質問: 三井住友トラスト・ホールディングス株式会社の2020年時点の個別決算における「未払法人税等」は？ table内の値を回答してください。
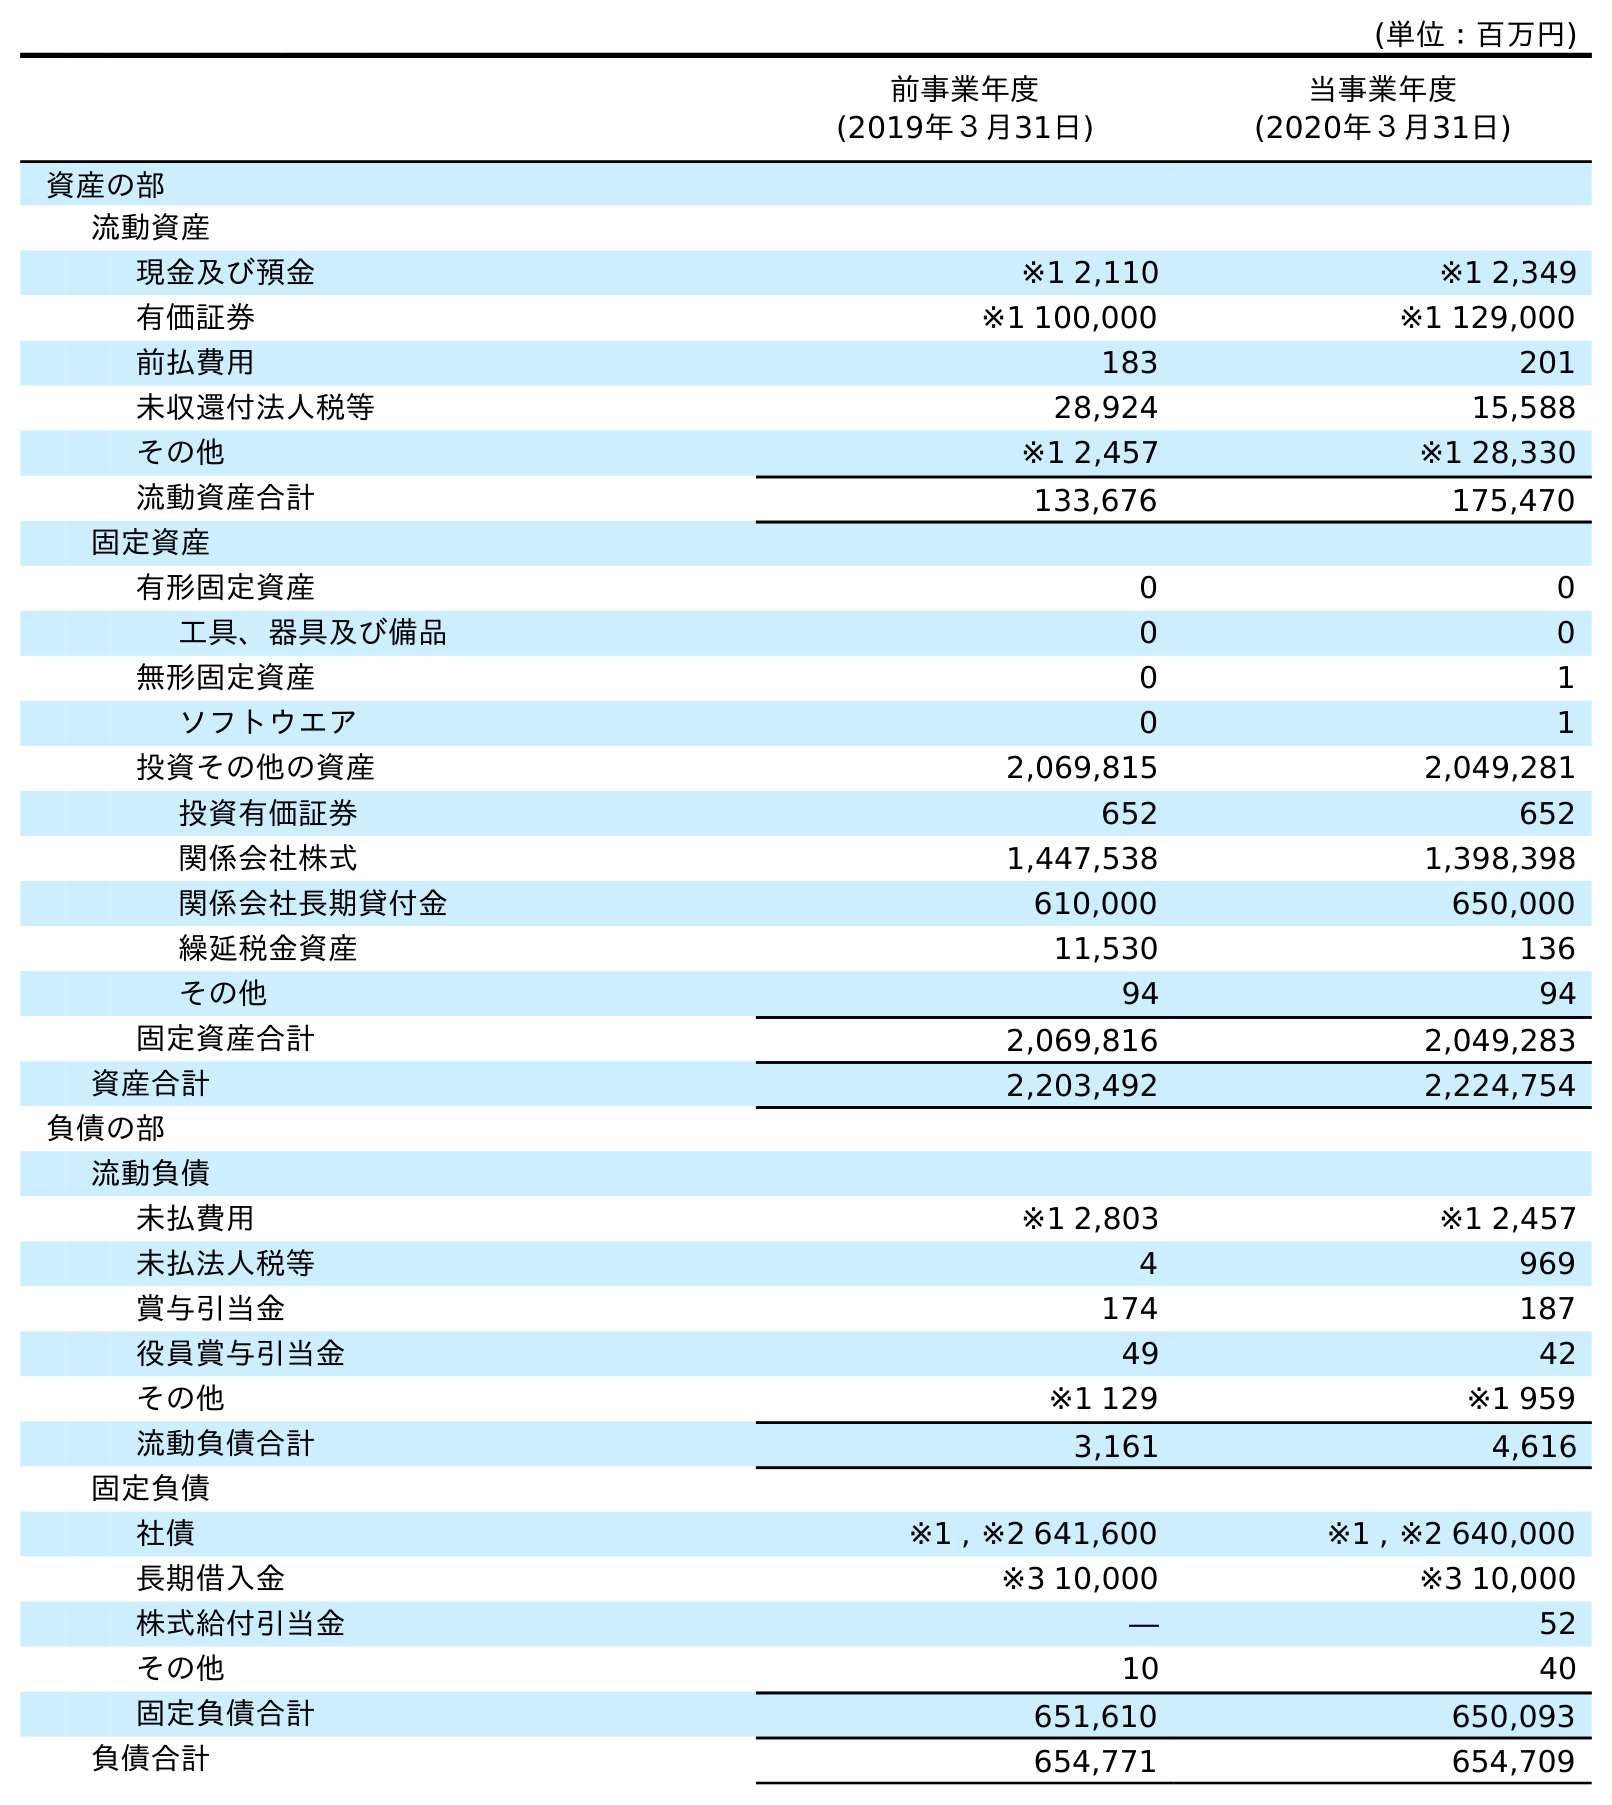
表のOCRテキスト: (単位：百万円) 前事業年度 (2019年３月31日) 当事業年度 (2020年３月31日) 資産の部 流動資産 現金及び預金 ※1 2,110 ※1 2,349 有価証券 ※1 100,000 ※1 129,000 前払費用 183 201 未収還付法人税等 28,924 15,588 その他 ※1 2,457 ※1 28,330 流動資産合計 133,676 175,470 固定資産 有形固定資産 0 0 工具、器具及び備品 0 0 無形固定資産 0 1 ソフトウエア 0 1 投資その他の資産 2,069,815 2,049,281 投資有価証券 652 652 関係会社株式 1,447,538 1,398,398 関係会社長期貸付金 610,000 650,000 繰延税金資産 11,530 136 その他 94 94 固定資産合計 2,069,816 2,049,283 資産合計 2,203,492 2,224,754 負債の部 流動負債 未払費用 ※1 2,803 ※1 2,457 未払法人税等 4 969 賞与引当金 174 187 役員賞与引当金 49 42 その他 ※1 129 ※1 959 流動負債合計 3,161 4,616 固定負債 社債 ※1 , ※2 641,600 ※1 , ※2 640,000 長期借入金 ※3 10,000 ※3 10,000 株式給付引当金 ― 52 その他 10 40 固定負債合計 651,610 650,093 負債合計 654,771 654,709
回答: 969